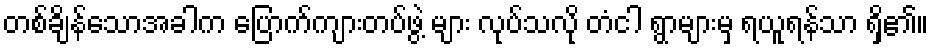
တစ်ချိန်သောအခါက ပြောက်ကျားတပ်ဖွဲ့ များ လုပ်သလို တံငါ ရွာများမှ ရယူရန်သာ ရှိ၏။